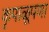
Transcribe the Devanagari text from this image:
कृपाळूपणा